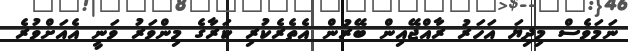
ނަމަވެސް މިދިޔަ އަހަރު ރާއްޖޭއިން ބޭރުން އެތެރެކުރި ކަރާގެ މިންވަރު ވަނީ އެއަށްވުރެ